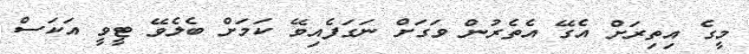
މީގެ އިތިރަށް އެގޭ އެތެރުން ވަގަށް ނަގަފެއިވޭ ކަމަށް ބެލެވޭ ޓީވީ އަކަސް